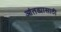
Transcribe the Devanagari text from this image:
आंतड्यासाठी